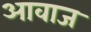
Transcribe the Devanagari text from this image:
अावाज